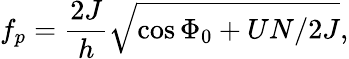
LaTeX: f_{p}=\frac{2J}{h}\sqrt{\cos\Phi_{0}+UN/2J},